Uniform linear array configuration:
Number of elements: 16
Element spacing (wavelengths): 0.5
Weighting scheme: cosine
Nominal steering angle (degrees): -45
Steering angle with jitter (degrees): -44.007
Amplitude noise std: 0.05
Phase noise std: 0.05

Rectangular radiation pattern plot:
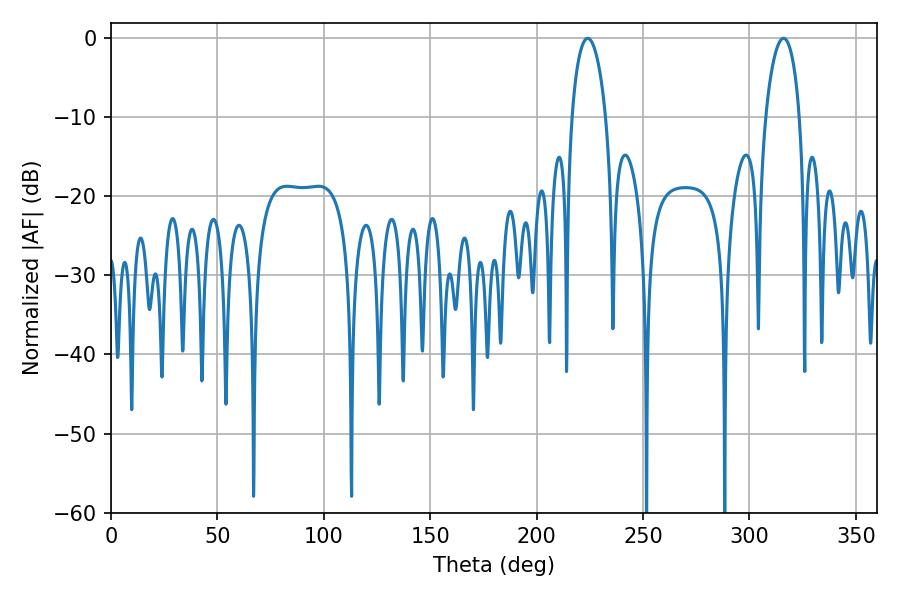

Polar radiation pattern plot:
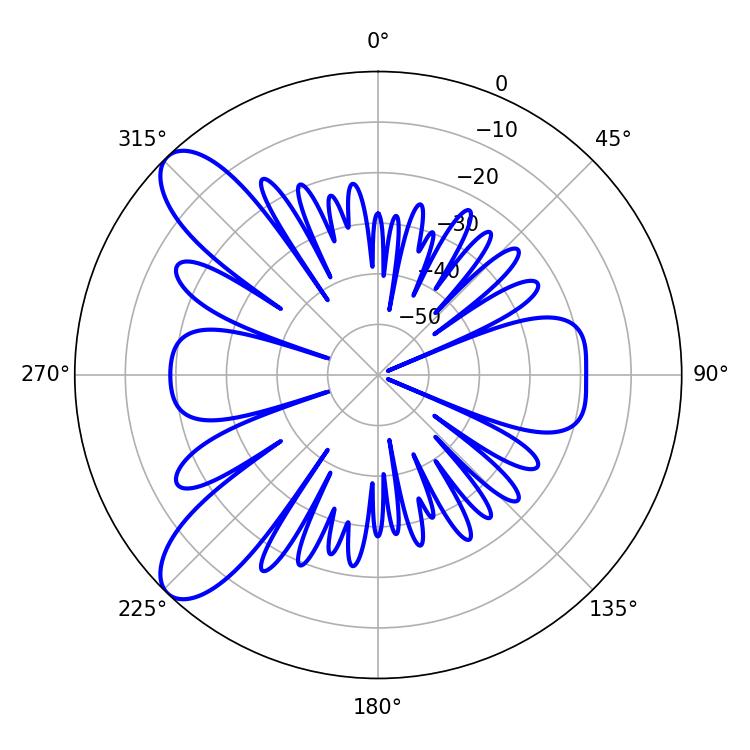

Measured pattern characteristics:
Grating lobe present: FALSE
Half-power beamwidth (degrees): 9.18
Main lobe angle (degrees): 223.92